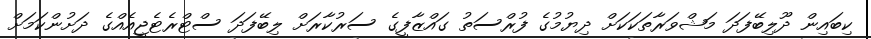
ކިބައިން ދޫލިބޭފަދަ މަޝްވަރާތަކަކަށް ދިޔުމުގެ ފުރްސަތު ގައްޒާފީގެ ސަރުކާރަށް ލިބޭފަދަ ސްޓްރެޓެޖީއެއްގެ ދަށުންކަމަށް